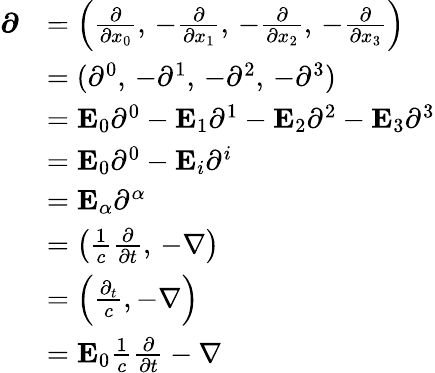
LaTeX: {\begin{array}{rl}{{\boldsymbol{\partial}}}&{=\left({\frac{\partial}{\partial x_{0}}},\, -{\frac{\partial}{\partial x_{1}}},\, -{\frac{\partial}{\partial x_{2}}},\, -{\frac{\partial}{\partial x_{3}}}\right)}\\ &{=(\partial^{0},\, -\partial^{1},\, -\partial^{2},\, -\partial^{3})}\\ &{=\mathbf{E}_{0}\partial^{0}-\mathbf{E}_{1}\partial^{1}-\mathbf{E}_{2}\partial^{2}-\mathbf{E}_{3}\partial^{3}}\\ &{=\mathbf{E}_{0}\partial^{0}-\mathbf{E}_{i}\partial^{i}}\\ &{=\mathbf{E}_{\alpha}\partial^{\alpha}}\\ &{=\left({\frac{1}{c}}{\frac{\partial}{\partial t}},\, -\nabla\right)}\\ &{=\left({\frac{\partial_{t}}{c}},-\nabla\right)}\\ &{=\mathbf{E}_{0}{\frac{1}{c}}{\frac{\partial}{\partial t}}-\nabla}\end{array}}